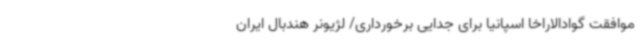
موافقت گوادالاراخا اسپانیا برای جدایی برخورداری/ لژیونر هندبال ایران